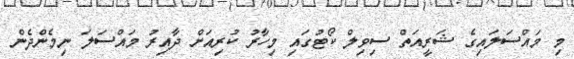
މި މައްސަލައިގެ ޝަރީއަތް ސިވިލް ކޯޓުގައި މިހާރު ކުރިއަށް ދާއިރު މައްސަލަ ނިމެންދެން